Annual statistical returns and brief notes on vaccination in Bengal - 1909-1929
Year: 1909
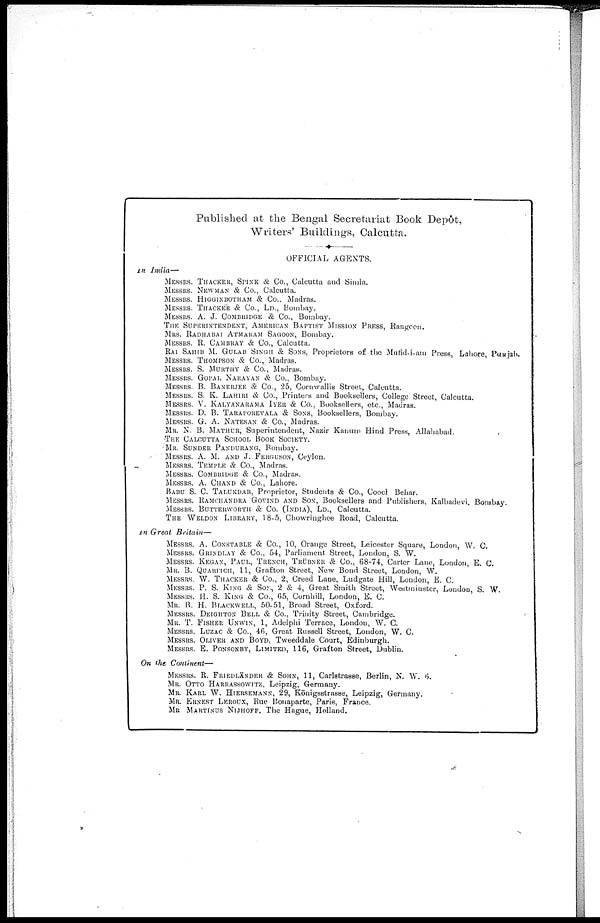
Published at the Bengal Secretariat Book Depôt,
Writers' Buildings, Calcutta.
OFFICIAL AGENTS.
In India—
MESSRS. THACKER, SPINK & Co., Calcutta and Simla.
MESSRS. NEWMAN & Co., Calcutta.
MESSRS. HIGGINBOTHAM & Co., Madras.
MESSRS. THACKER & Co., Ln., Bombay.
MESSRS. A. J. COMBRIDGE & Co., Bombay.
THE SUPERINTENDENT, AMERICAN BAPTIST MISSION PRESS, Rangoon.
MRS. RADHABAI ATMARAM SAGOON, Bombay.
MESSRS. R. CAMBRAY & Co., Calcutta.
RAI SAHIB M. GULAB SINGH & SONS. Proprietors of the Mufid-i-am Press, Lahore, Punjab.
MESSRS. THOMPSON & Co., Madras.
MESSRS. S. MURTHY & Co., Madras.
MESSRS. GOPAL NARAYAN & Co., Bombay.
MESSRS. B. BANERJEE & Co., 25, Cornwallis Street, Calcutta.
MESSRS. S. K. LAHIRI & Co., Printers and Booksellers, College Street, Calcutta.
MESSRS. V. KALYANARAMA IYER & Co., Booksellers, etc., Madras.
MESSRS. D. B. TARAPOREVALA & SONS, Booksellers, Bombay.
MESSRS. G. A. NATESAM & Co., Madras.
MR. N. B. MATHUR, Superintendent, Nazir Kanuum Hind Press, Allahabad.
THE CALCUTTA SCHOOL BOOK SOCIETY.
MR. SUNDER PANDURANG, Bombay.
MESSRS. A. M. AND J. FERGUSON, Ceylon.
MESSRS. TEMPLE & Co., Madras.
MESSRS. COMBRIDGE & Co., Madras.
MESSRS. A. CHAND & Co., Lahore.
BABU S. C. TALUKDAR, Proprietor, Students & Co., Coocl Behar.
MESSRS. RAMCHANDRA GOVIND AND SON, Booksellers and Publishers, Kalbadevi, Bombay.
MESSRS. BUTTERWORTH & Co. (INDIA), LD., Calcutta.
THE WELDON LIBRARY, 18-5, Chowringhee Road, Calcutta.
In Great Britain—
MESSRS. A. CONSTABLE & Co., 10, Orange Street, Leicester Square, London, W. C.
MESSRS. GRINDLAY & Co., 54, Parliament Street, London, S. W.
MESSRS. KEGAN, PAUL, TRENCH, TRÜBNER & Co., 68-74, Carter Lane, London, E. C.
MR. B. QUARTICH, 11, Grafton Street, New Bond Street, London, W.
MESSRS. W. THACKER & Co., 2, Creed Lane, Ludgate Hill, London, E. C.
MESSRS. P. S. KING & SON, 2 & 4, Great Smith Street, Westminster, London, S. W.
MESSRS. H. S. KING & Co., 65, Cornhill, London, E. C.
MR. B. H. BLACKWELL, 50-51, Broad Street, Oxford.
MESSRS. DEIGHTON BELL & Co., Trinity Street, Cambridge.
MR. T. FISHER UNWIN, 1, Adelphi Terrace, Londou, W. C.
MESSRS. LUZAC & Co., 46, Great Russell Street, London, W. C.
MESSRS. OLIVER AND BOYD, Tweeddale Court, Edinburgh.
MESSRS. E. PONSONBY, LIMITED, 116, Grafton Street, Dublin.
On the Continent—
MESSRS. R. FRIEDLÄNDER & SOHN, 11, Carlstrasse, Berlin, N. W. 6.
MR. OTTO HARRASSOWITZ, Leipzig, Germany.
MR. KARL W. HIERSEMANN, 29, Königsstrasse, Leipzig, Germany.
MR. ERNEST LEROUX, Rue Bonaparte, Paris, France.
MR. MARTINUS NIJHOFF, The Hague, Holland.